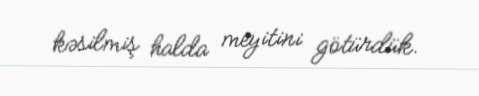
kəsilmiş halda meyitini götürdük.